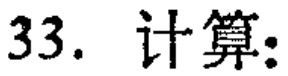
33. 计算: